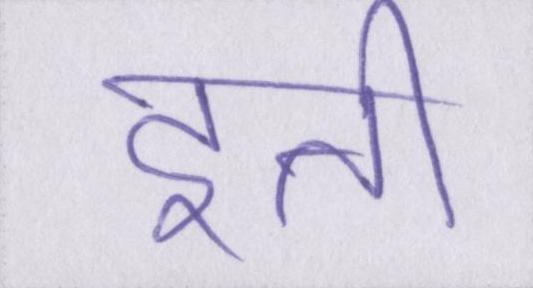
इत्ती